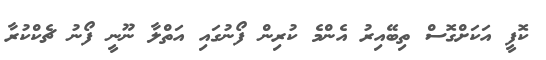
ކޮފީ އަކަށްގޮސް ތިބޭއިރު އެންމެ ކުރިން ފޯނުގައި އަތްލާ ނޫނީ ފޯނު ޗެކްކުރާ